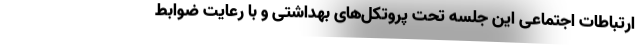
ارتباطات اجتماعی این جلسه تحت پروتکل‌های بهداشتی و با رعایت ضوابط